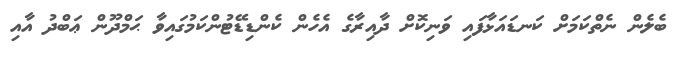
ބެލެން ނެތްކަމަށް ކަނޑައަޅާފައި ވަނިކޮށް ދާއިރާގެ އެހެން ކެންޑިޑޭޓުންކަމުގައިވާ ޙަމްދޫން ޢަބްދު އާއި